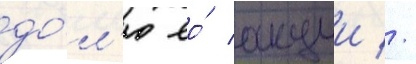
до́л'ю ео́ акции //